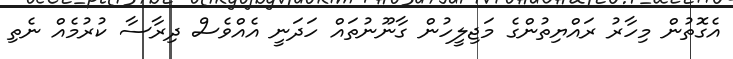
އެގޮތުން މިހާރު ރައްޔިތުންގެ މަޖިލީހުން ގާނޫނުތައް ހަދަނީ އެއްވެސް ދިރާސާ ކުރުމެއް ނެތި